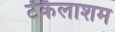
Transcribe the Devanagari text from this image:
टेंकैलाशम